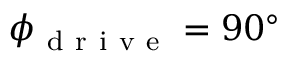
\phi _ { \mathrm { ~ d ~ r ~ i ~ v ~ e ~ } } = 9 0 ^ { \circ }